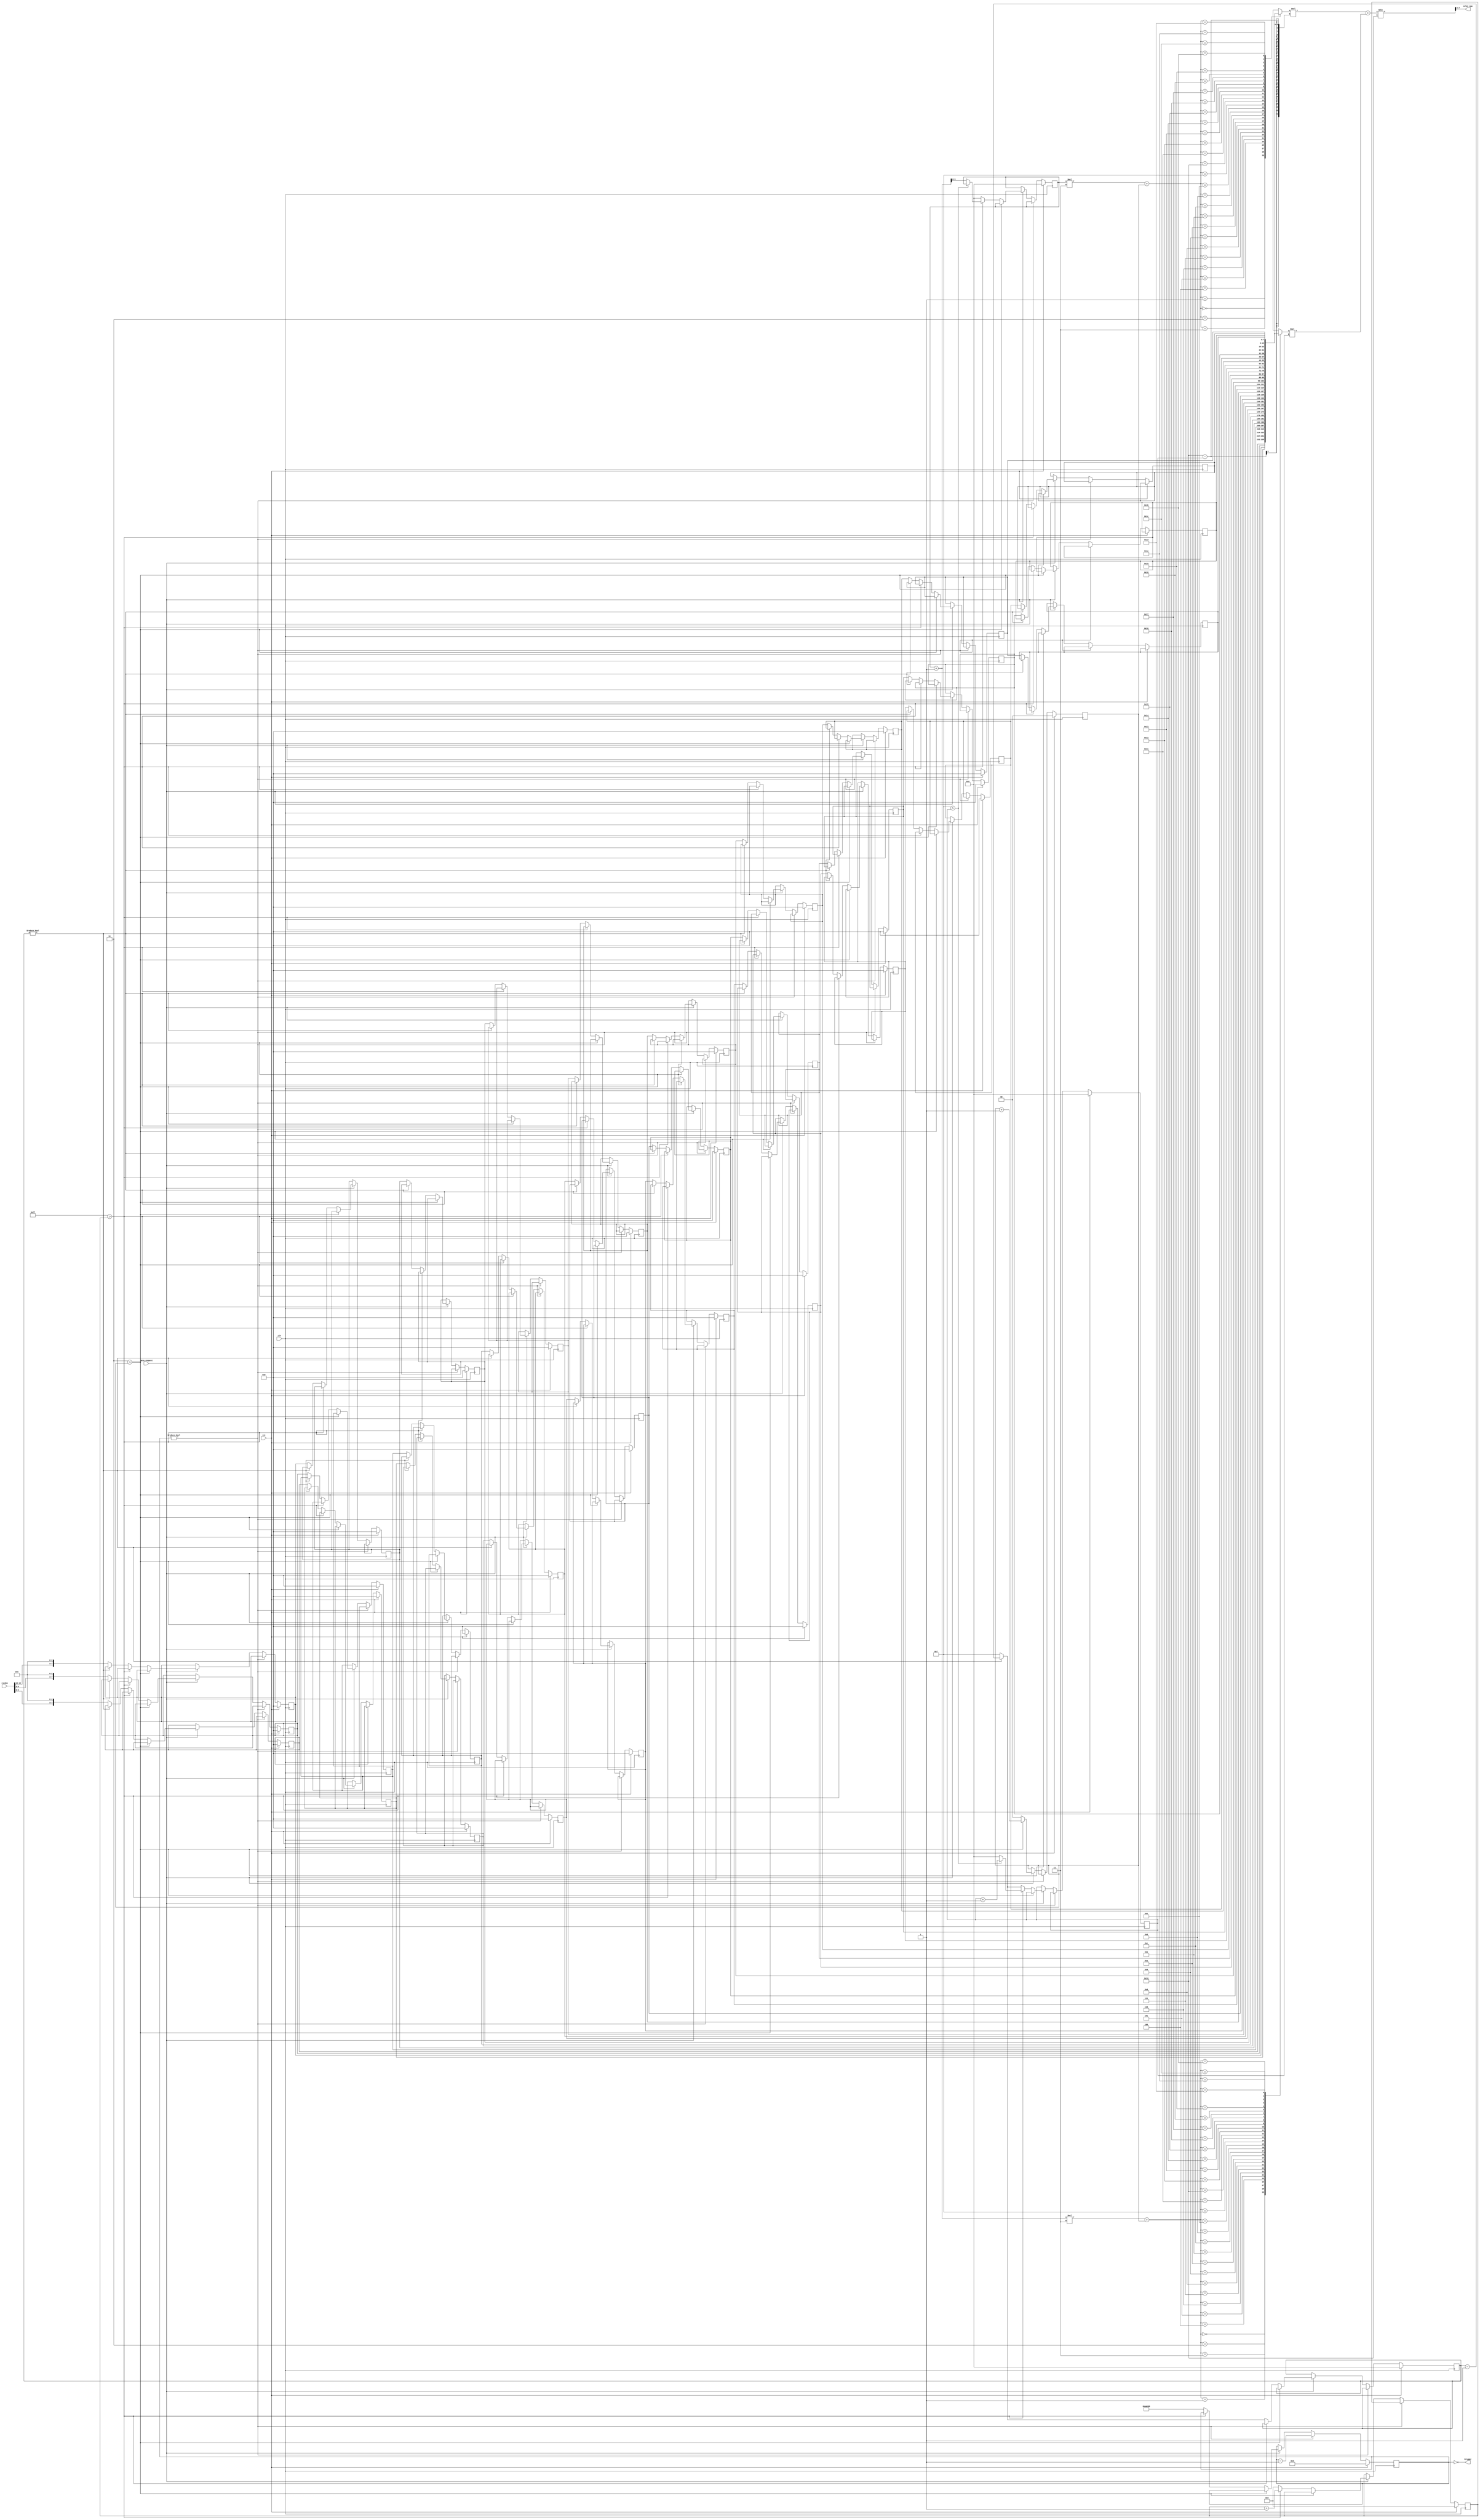
`default_nettype none

// implements fader logic getween random milestones
module ws2812_fancy_fader(input wire clk, input wire rst, input wire [15:0] random, input wire data_request,
		output wire trigger, output wire [7:0] color_now);

	// number of LEDs to be controlled.
	parameter LEDS=128;
	// number of interpolation steps between uniq random color milestones
	// NOTE: this must be a power of two.
	parameter INTERPOLATIONS=16;
	// scroll speed. time to wait after all LEDs have been addressed.
	parameter HOLDOFF_TIME=700000;


	// NOTE the +1 at the end of MILESTONES: avoids index-error for milestone_color_prev.
	localparam MILESTONES=$rtoi($ceil((LEDS*1.0)/INTERPOLATIONS)) + 1;


	// timeout in between full transmissions to WS2812 strip
	reg [$clog2(HOLDOFF_TIME)-1 : 0] holdoff = 0;

	// store for color milestones
	reg [7:0] milestones [MILESTONES:0][3-1:0];

	// interpolation step we started at when starting this iteration of
	// the full color strip
	reg [$clog2(INTERPOLATIONS)-1:0] start_interpolation = 0;

	// index variables for single run over the full color strip
	reg [$clog2(LEDS)-1:0] current_led = 0;
	reg [$clog2(MILESTONES)-1:0] forward_milestone = 0;
	reg [$clog2(INTERPOLATIONS)-1:0] current_interpolation = 0;
	reg [$clog2(3)-1:0] current_rgb = 0;

	assign trigger = (0 == holdoff);

	wire [7:0] milestone_color_next = milestones[forward_milestone][current_rgb];
	wire [7:0] milestone_color_prev = milestones[forward_milestone+1][current_rgb];
	// actual output color for the current LED
	assign color_now =  (  milestone_color_next*(INTERPOLATIONS-current_interpolation)
				 + milestone_color_prev*current_interpolation
				) / INTERPOLATIONS;

	integer i;
	integer k;

	always @(posedge clk) begin
		if(rst) begin
			holdoff <= 0;
			for(i=0; i<MILESTONES; i=i+1)
				for(k=0; k<3; k=k+1)
					milestones[i][k] <= 0;
			start_interpolation <= 0;
			current_led <= 0;
			forward_milestone <= 0;
			current_interpolation <= 0;
			current_rgb <= 0;
		end else begin
			if(holdoff) begin
				holdoff <= holdoff-1;
			end else if(data_request) begin
				// WS2812 block gets an 8 bit segment for transmission
				// this clock. so prepare index variables for the next
				// transmission.
				if(2 > current_rgb) begin
					// next 8bit R/G/B block within a single LED?
					current_rgb <= current_rgb+1;
				end else begin
					current_rgb <= 0;
					if(LEDS-1 > current_led) begin
						// next led is ...
						current_led <= current_led + 1;
						if(INTERPOLATIONS-1 > current_interpolation) begin
							// ... next interpolation between milestones
							current_interpolation <= current_interpolation+1;
						end else begin
							// ... next milestone color
							current_interpolation <= 0;
							forward_milestone <= forward_milestone+1;
						end
					end else begin
						// transmission of full strip completed.
						// start a holdoff and prepare the next transmission:
						// move the interpolations of milestones one slot along.
						holdoff <= HOLDOFF_TIME;
						current_led <= 0;
						forward_milestone <= 0;
						if(0 != start_interpolation) begin
							// only add a new interpolation
							start_interpolation <= start_interpolation-1;
							current_interpolation <= start_interpolation-1;
						end else begin
							// insert a new random milestone color
							// and start interpolating towards it.
							start_interpolation <= INTERPOLATIONS-1;
							current_interpolation <= INTERPOLATIONS-1;
							for(i=MILESTONES; i > 0; i=i-1)
								for(k=0; k<3; k=k+1)
									milestones[i][k] <= milestones[i-1][k];
							milestones[0][2] <= {random[14:10], 3'b0};
							milestones[0][1] <= {random[9:5], 3'b0};
							milestones[0][0] <= {random[4:0], 3'b0};
						end
					end
				end
			end
		end
	end
endmodule